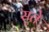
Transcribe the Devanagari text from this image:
सुते